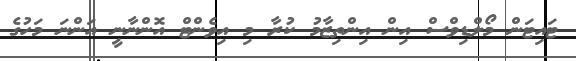
ޓައިޓަން މޯލްޑިވްސް އިން އިންތިޒާމު ކުރާ މި އިވެންޓް އޮންނާނީ އަންނަ މަހުގެ